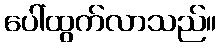
ပေါ်ထွက်လာသည်။